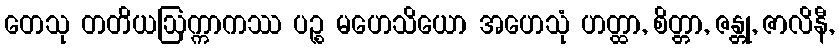
တေသု တတိယဩက္ကာကဿ ပဉ္စ မဟေသိယော အဟေသုံ ဟတ္ထာ, စိတ္တာ, ဇန္တု, ဇာလိနီ,